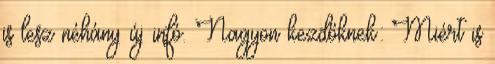
is lesz néhány új infó. Nagyon kezdőknek: Miért is